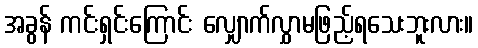
အခွန် ကင်းရှင်းကြောင်း လျှောက်လွှာမဖြည့်ရသေးဘူးလား။